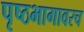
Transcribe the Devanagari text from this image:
पृष्ठभागावरच